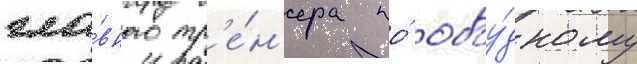
гла́вного тр'е́н'ера по́ обоу́дному